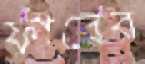
ফারেব